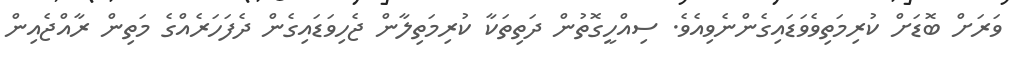
ވަރަށް ބޮޑަށް ކުރިމަތިވެވަޑައިގެންނެވިއެވެ. ސިއްހީގޮތުން ދަތިތަކާ ކުރިމަތިލާން ޖެހިވަޑައިގެން ދެފަހަރެއްގެ މަތިން ރާއްޖެއިން